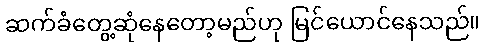
ဆက်ခံတွေ့ဆုံနေတော့မည်ဟု မြင်ယောင်နေသည်။